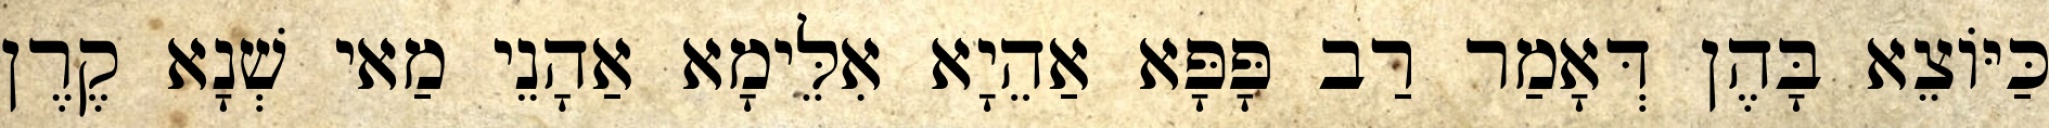
כַּיּוֹצֵא בָּהֶן דְּאָמַר רַב פָּפָּא אַהֵיָא אִלֵּימָא אַהָנֵי מַאי שְׁנָא קֶרֶן